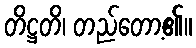
တိဋ္ဌတိ၊ တည်တော့၏။